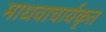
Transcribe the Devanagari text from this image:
माधवाचार्यकृत